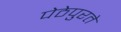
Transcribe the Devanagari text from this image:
पेठेपुरते